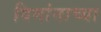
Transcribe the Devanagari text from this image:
विमांनाच्या